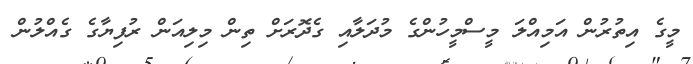
މީގެ އިތުރުން އަމިއްލަ މީސްމީހުންގެ މުދަލާއި ގެދޮރަށް ތިން މިލިއަން ރުފިޔާގެ ގެއްލުން